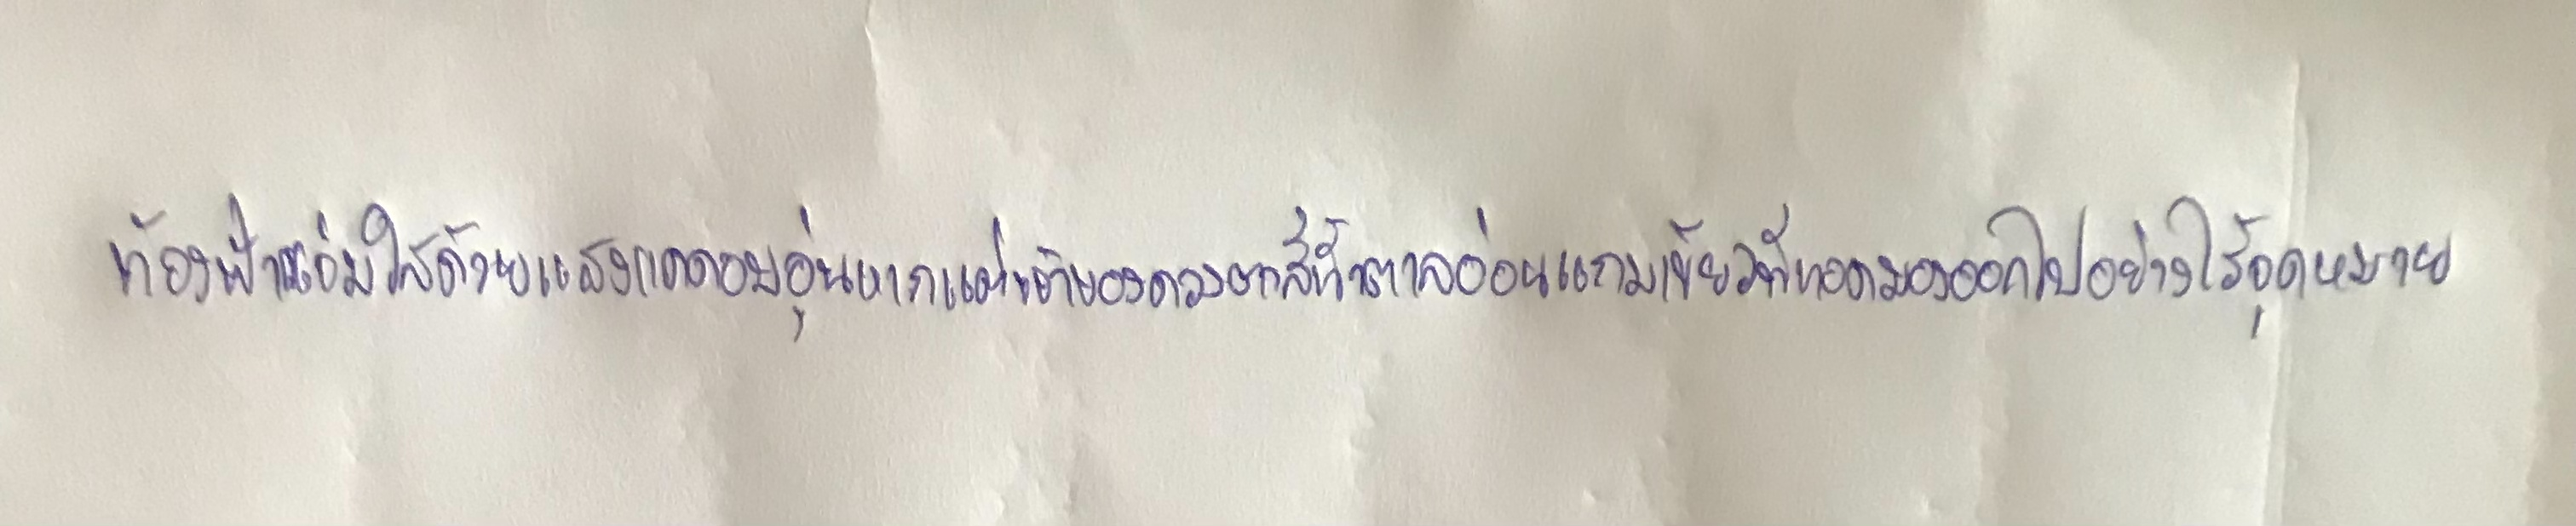
ท้องฟ้าแจ่มใสด้วยแสงแดดอบอุ่นหากแต่เจ้าของดวงตาสีน้ำตาลอ่อนแกมเขียวที่ทอดมองออกไปอย่างไร้จุดหมาย